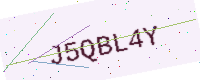
Text: J5QBL4Y